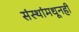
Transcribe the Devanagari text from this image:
संस्थांमधूनही